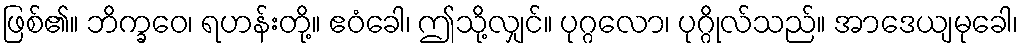
ဖြစ်၏။ ဘိက္ခဝေ၊ ရဟန်းတို့။ ဧဝံခေါ၊ ဤသို့လျှင်။ ပုဂ္ဂလော၊ ပုဂ္ဂိုလ်သည်။ အာဒေယျမုခေါ၊